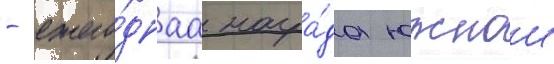
- ежего́днаа награ́да южнои